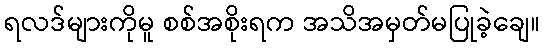
ရလဒ်များကိုမူ စစ်အစိုးရက အသိအမှတ်မပြုခဲ့ချေ။